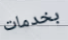
بخدمات